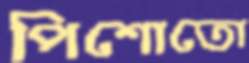
পিশোতো